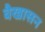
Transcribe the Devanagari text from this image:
वैखासन